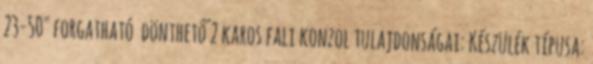
23-50" forgatható dönthető 2 karos fali konzol tulajdonságai: Készülék típusa: